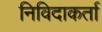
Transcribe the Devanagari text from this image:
निविदाकर्ता